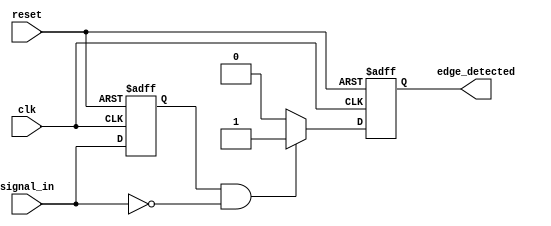
module NegativeEdgeDetector (
    input wire clk,               // Clock signal
    input wire reset,             // Asynchronous reset signal
    input wire signal_in,         // Input signal to detect negative edge
    output reg edge_detected      // Output signal indicating negative edge
);

    reg previous_state;           // Memory element to store previous state of signal_in

    always @(posedge clk or posedge reset) begin
        if (reset) begin
            previous_state <= 1'b0; // Initialize previous state to 0 on reset
            edge_detected <= 1'b0;   // Initialize edge detected output to 0
        end else begin
            // Edge detection logic
            if (previous_state == 1'b1 && signal_in == 1'b0) begin
                edge_detected <= 1'b1; // Negative edge detected
            end else begin
                edge_detected <= 1'b0; // No edge detected
            end
            
            // Update the previous state
            previous_state <= signal_in; // Store current state for next clock cycle
        end
    end

endmodule